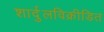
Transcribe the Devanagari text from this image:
शार्दुलविक्रीडित